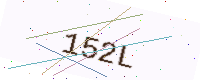
Text: 152L